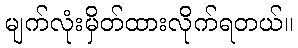
မျက်လုံးမှိတ်ထားလိုက်ရတယ်။